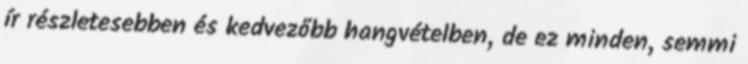
ír részletesebben és kedvezőbb hangvételben, de ez minden, semmi